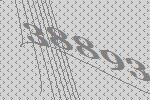
38893